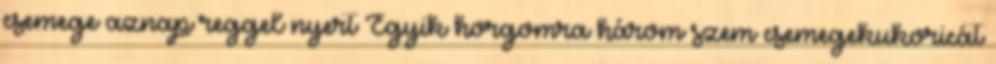
csemege aznap reggel nyert Egyik horgomra három szem csemegekukoricát